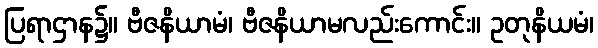
ပြရာဌာန၌။ ဗီဇနိယာမံ၊ ဗီဇနိယာမလည်းကောင်း။ ဥတုနိယမံ၊